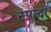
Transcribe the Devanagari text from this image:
स्पन्दों